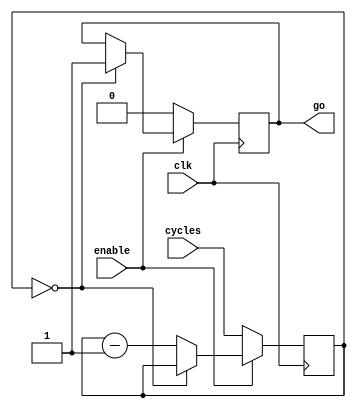
//Justin Thwaites
module delay(
	output	reg 		go,
	input		[11:0] 	cycles,
	input					enable,
	input					clk
);

reg [11:0] count;

always @(posedge clk) begin
	if(enable)begin//if enabled clock will count down to when it equals zero as a delay of cycles millisecond delay
		if( count==0)
			go=1;//once the delay is over go will become 1
		else
			count=count-1;
		end
	else begin//if not enabled count will become set to the amount of cycles needed to be delayed
		count=cycles;
		go=0;
	end
end



endmodule